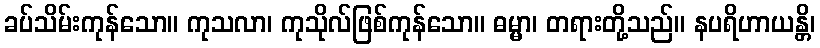
ခပ်သိမ်းကုန်သော။ ကုသလာ၊ ကုသိုလ်ဖြစ်ကုန်သော။ ဓမ္မာ၊ တရားတို့သည်။ နပရိဟာယန္တိ၊